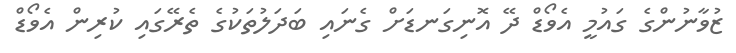
ޒުވާނުންގެ ގައުމީ އެވޯޑް ދޭ އޮނިގަނޑަށް ގެނައި ބަދަލުތަކުގެ ތެރޭގައި ކުރިން އެވޯޑް